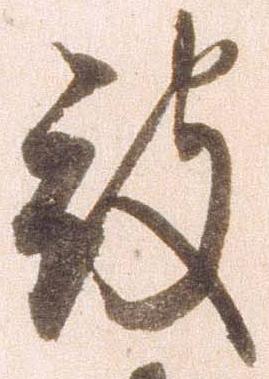
被